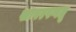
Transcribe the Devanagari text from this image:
खापरपणतू